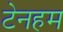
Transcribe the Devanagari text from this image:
टेनहम